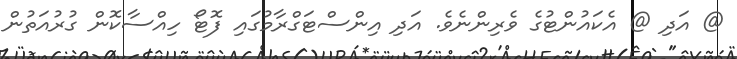
@ އަދި @ އެކައުންޓުގެ ވެރިންނެވެ. އަދި އިންސްޓަގްރާމުގައި ފޮޓޯ ހިއްސާކޮން ގުރުއަތުން